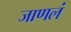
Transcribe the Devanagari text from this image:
जाणलं